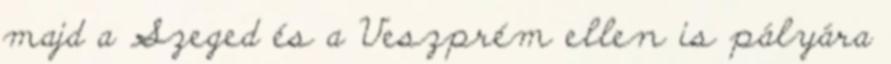
majd a Szeged és a Veszprém ellen is pályára